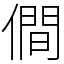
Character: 僴